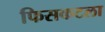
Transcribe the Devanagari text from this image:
फिसकटला